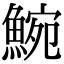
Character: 𩸩